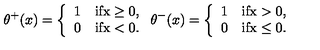
\theta ^ { + } ( x ) = \left\{ \begin{array} { l l } { 1 } & { \mathrm { i f x \geq 0 , } } \\ { 0 } & { \mathrm { i f x < 0 . } } \\ \end{array} \right. \theta ^ { - } ( x ) = \left\{ \begin{array} { l l } { 1 } & { \mathrm { i f x > 0 , } } \\ { 0 } & { \mathrm { i f x \leq 0 . } } \\ \end{array} \right.